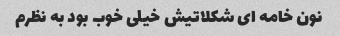
نون خامه اى شکلاتیش خیلى خوب بود به نظرم